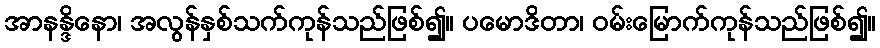
အာနန္ဒိနော၊ အလွန်နှစ်သက်ကုန်သည်ဖြစ်၍။ ပမောဒိတာ၊ ဝမ်းမြောက်ကုန်သည်ဖြစ်၍။